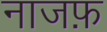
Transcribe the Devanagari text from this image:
नाजफ़